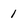
Character: 1